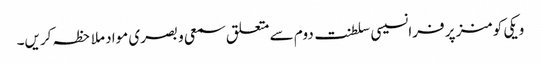
ویکی کومنز پر فرانسیسی سلطنت دوم سے متعلق سمعی و بصری مواد ملاحظہ کریں۔